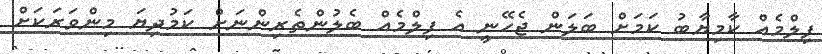
ފިލްމެއް ކާމިޔާބު ކަމަށް ބަލަން ޖެހޭނީ އެ ފިލްމެއް ބެލުންތެރިންނަށް ކަމުދިޔަ މިންވަރަކަށް